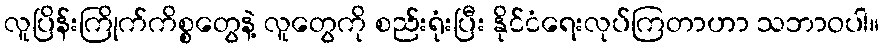
လူပြိန်းကြိုက်ကိစ္စတွေနဲ့ လူတွေကို စည်းရုံးပြီး နိုင်ငံရေးလုပ်ကြတာဟာ သဘာဝပါ။